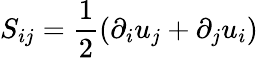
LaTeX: S_{ij}=\frac{1}{2}(\partial_{i}u_{j}+\partial_{j}u_{i})